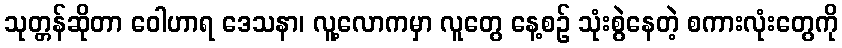
သုတ္တန်ဆိုတာ ဝေါဟာရ ဒေသနာ၊ လူ့လောကမှာ လူတွေ နေ့စဉ် သုံးစွဲနေတဲ့ စကားလုံးတွေကို